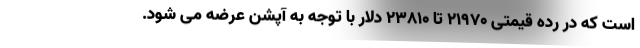
است که در رده قیمتی 21970 تا 23810 دلار با توجه به آپشن عرضه می شود.